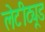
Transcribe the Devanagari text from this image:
लेटीट्यूड